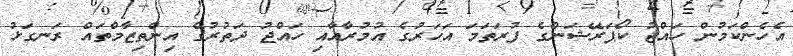
އެހެންކަމުން ހައްޖު ކޯޕަރޭޝަންގެ ފުރަތަމަ އަހަރުގެ އުމުރާއާއި ހައްޖު ދަތުރުގެ އިންތިޒާމްތައް ރަނގަޅު